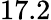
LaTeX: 17.2